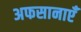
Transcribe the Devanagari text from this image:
अफसानाएँ